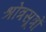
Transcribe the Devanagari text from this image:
श्रोत्रसूत्रों